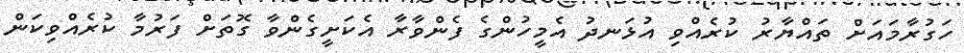
ހަގުރާމައަށް ތައްޔާރު ކުރެއްވި އުޅަނދު އެމީހުންގެ ފެންވާރާ އެކަށީގެންވާ ގޮތަށް ފަރުމާ ކުރެއްވިކަން